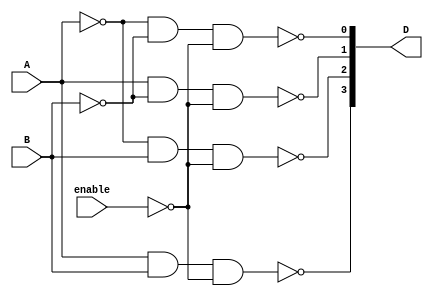
module decoder_2x4_gate(D,A,B,enable);
output [3:0] D;
input A,B,enable;
wire A_not , B_not,enable_not;
not G1 (A_not,A),
G2 (B_not,B),
G3 (enable_not,enable);
nand
G4 (D[0],A_not,B_not,enable_not),
G5 (D[1],A,B_not,enable_not),
G6 (D[2],A_not,B,enable_not),
G7 (D[3],A,B,enable_not);
endmodule

module decoder_4x16(inSwitch, outLED);
output [15:0] outLED;
input [3:0] inSwitch;
wire [3:0]enable;
decoder_2x4_gate G1 (outLED[3:0],inSwitch[0],inSwitch[1],enable[0]);
decoder_2x4_gate G2 (outLED[7:4],inSwitch[0],inSwitch[1],enable[1]);
decoder_2x4_gate G3 (outLED[11:8],inSwitch[0],inSwitch[1],enable[2]);
decoder_2x4_gate G4 (outLED[15:12],inSwitch[0],inSwitch[1],enable[3]);
decoder_2x4_gate G5 (enable,inSwitch[2],inSwitch[3],1'b0);
endmodule